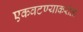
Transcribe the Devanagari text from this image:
एकवटण्याकरीता